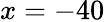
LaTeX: x=-40